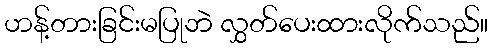
ဟန့်တားခြင်းမပြုဘဲ လွှတ်ပေးထားလိုက်သည်။